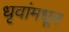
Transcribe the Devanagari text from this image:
धृवांमधून